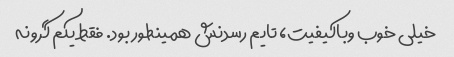
خیلی خوب وباکیفیت، تایم رسدنش همینطور بود. فقط یکم گرونه